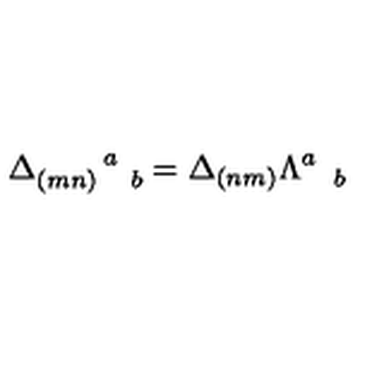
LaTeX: \Delta _ { ( m n ) \quad b } ^ { \quad \quad a } = \Delta _ { ( n m ) } \Lambda _ { \quad b } ^ { a }